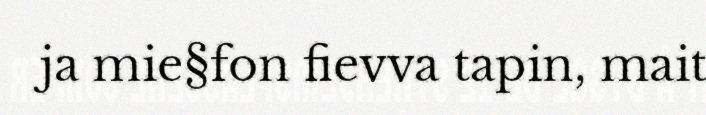
ja mie§fon fievva tapin, mait